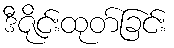
ဒီဇိုင်းထုတ်ခြင်း